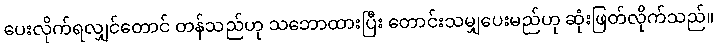
ပေးလိုက်ရလျှင်တောင် တန်သည်ဟု သဘောထားပြီး တောင်းသမျှပေးမည်ဟု ဆုံးဖြတ်လိုက်သည်။